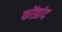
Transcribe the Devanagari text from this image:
कोंप्रांद